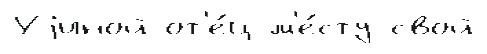
Уjиной от'е́ц м'е́сту свой